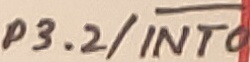
Text: P3.2/INT0